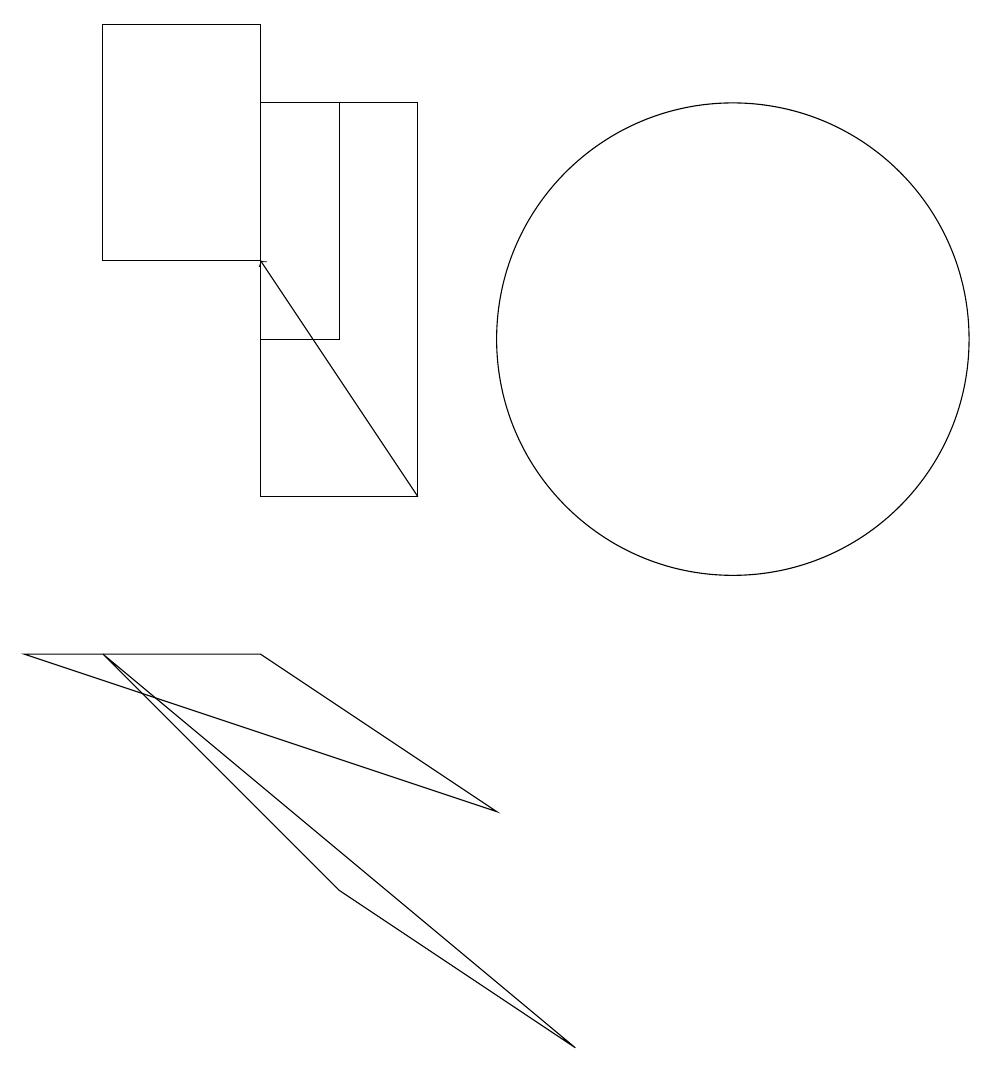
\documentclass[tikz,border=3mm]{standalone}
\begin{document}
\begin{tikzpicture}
\draw (1,8) -- (7,6) -- (4,8) -- cycle;
\draw (10,12) circle (3);
\draw (4,13) rectangle (2,16);
\draw (5,12) rectangle (4,15);
\draw (4,10) rectangle (6,15);
\draw[->] (6,10) -- (4,13);
\draw (5,5) -- (2,8) -- (8,3) -- cycle;
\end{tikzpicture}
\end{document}